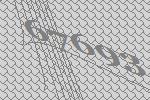
67693